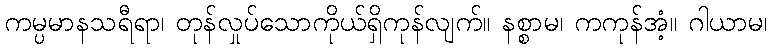
ကမ္ပမာနသရီရာ၊ တုန်လှုပ်သောကိုယ်ရှိကုန်လျက်။ နစ္စာမ၊ ကကုန်အံ့။ ဂါယာမ၊